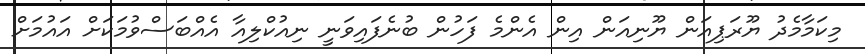
މިކަމާމެދު ޔޫރަޕިއަން ޔޫނިއަން އިން އެންމެ ފަހުން ބުނެފައިވަނީ ނިއުކްލިއާ އެއްބަސްވުމަކަށް އައުމަށް